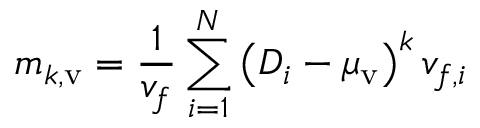
m _ { k , \mathrm { v } } = \frac { 1 } { v _ { f } } \sum _ { i = 1 } ^ { N } \left( D _ { i } - \mu _ { \mathrm { v } } \right) ^ { k } v _ { f , i }